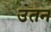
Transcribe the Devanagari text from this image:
उतन